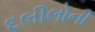
દલીલોની